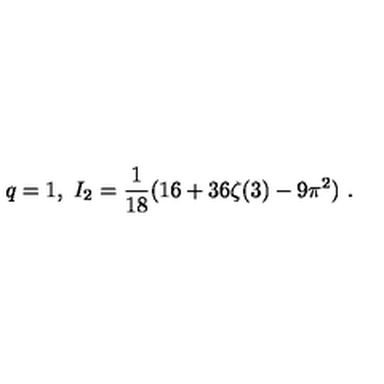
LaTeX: q = 1 , \ I _ { 2 } = \frac 1 { 1 8 } ( 1 6 + 3 6 \zeta ( 3 ) - 9 \pi ^ { 2 } ) \ .